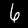
Digit: 6